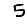
Digit: 5